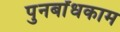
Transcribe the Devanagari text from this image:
पुनर्बांधकाम